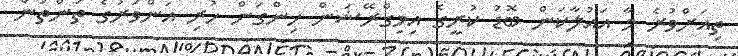
ތިއަށްވުރެ މާ އައުލާކަން ބޮޑު ކުރީގެ އިމިގްރޭޝަން ހިންގަން ހުރި އަންވަރުގެ ތަންތަން